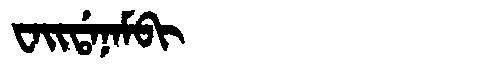
Manchu: ᠸᠠᡳᡩᠠᠨᠠᠮᠪᡳ
Romanization: WAIDANAMBI